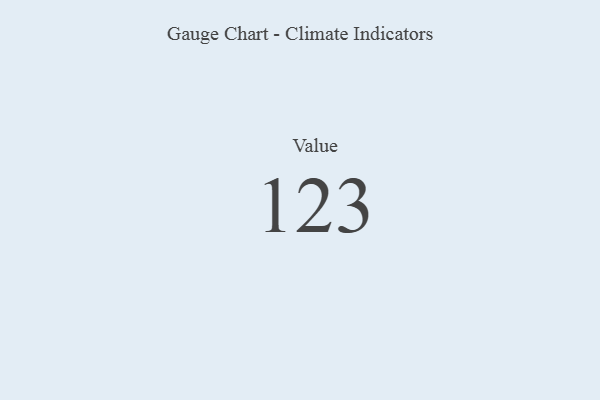
{"axis": {"x": "Metric", "y": "Value"}, "legend": [""], "data": [{"x": "Value", "y": 123, "type": ""}]}